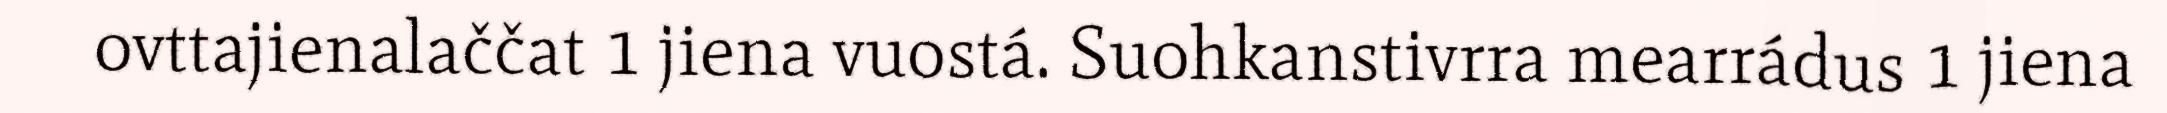
ovttajienalaččat 1 jiena vuostá. Suohkanstivrra mearrádus 1 jiena